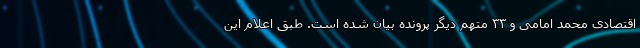
اقتصادی محمد امامی و ۳۳ متهم دیگر پرونده بیان شده است. طبق اعلام این